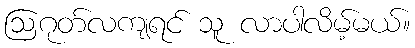
ဩဂုတ်လကျရင် သူ လာပါလိမ့်မယ်။